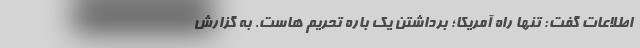
اطلاعات گفت: تنها راه آمریکا؛ برداشتن یک باره تحریم هاست. به گزارش